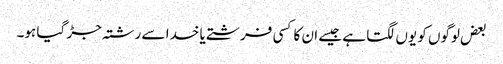
بعض لوگوں کو یوں لگتا ہے جیسے ان کا کسی فرشتے یا خدا سے رشتہ جڑ گیا ہو۔